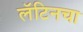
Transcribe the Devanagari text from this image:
लॅटिनचा